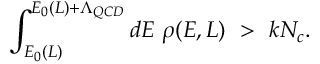
\int _ { E _ { 0 } ( L ) } ^ { E _ { 0 } ( L ) + \Lambda _ { Q C D } } d E ~ \rho ( E , L ) ~ > ~ k N _ { c } .